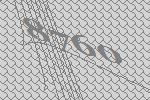
8760